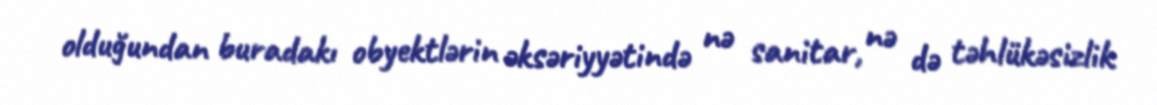
olduğundan buradakı obyektlərin əksəriyyətində nə sanitar, nə də təhlükəsizlik